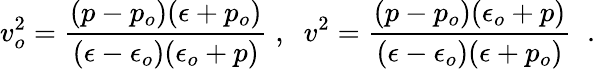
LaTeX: v_{o}^{2}=\frac{(p-p_{o})(\epsilon+p_{o})}{(\epsilon-\epsilon_{o})(\epsilon_{o}+p)}\; ,\; \; v^{2}=\frac{(p-p_{o})(\epsilon_{o}+p)}{(\epsilon-\epsilon_{o})(\epsilon+p_{o})}\; \; .